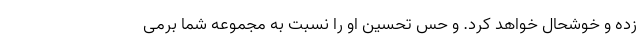
زده و خوشحال خواهد کرد. و حس تحسین او را نسبت به مجموعه شما برمی